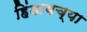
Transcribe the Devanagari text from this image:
हिंडायच्या